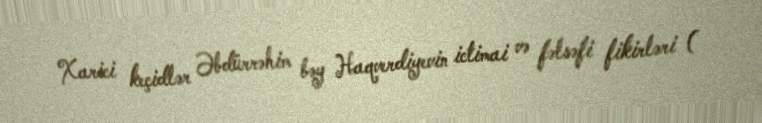
Xarici keçidlər Əbdürrəhim bəy Haqverdiyevin ictimai və fəlsəfi fikirləri (